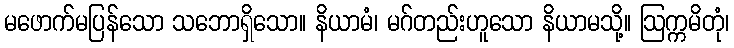
မဖောက်မပြန်သော သဘောရှိသော။ နိယာမံ၊ မဂ်တည်းဟူသော နိယာမသို့။ ဩက္ကမိတုံ၊